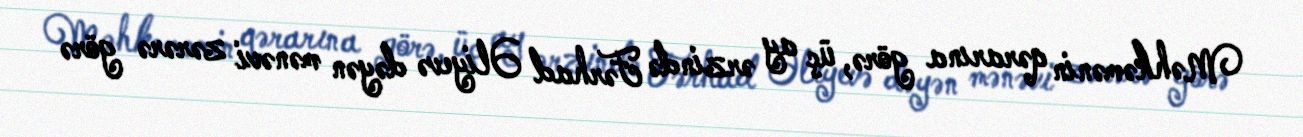
Məhkəmənin qərarına görə, üç ay ərzində Fərhad Əliyevə dəyən mənəvi zərərə görə